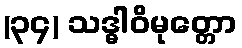
(၃၄) သဒ္ဓါဝိမုတ္တော